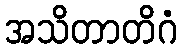
အသိတာတိဂံ